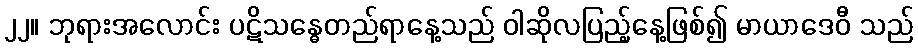
၂၂။ ဘုရားအလောင်း ပဋိသန္ဓေတည်ရာနေ့သည် ဝါဆိုလပြည့်နေ့ဖြစ်၍ မာယာဒေဝီ သည်